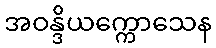
အဝန္ဒိယက္ကောသေန